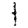
Digit: 1